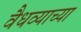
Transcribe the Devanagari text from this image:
वैधव्याच्या